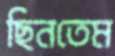
ছিনতেম